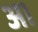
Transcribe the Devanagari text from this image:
अ।